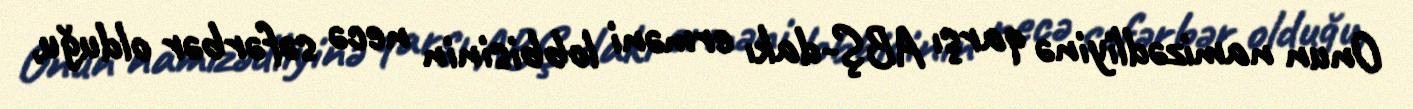
Onun namizədliyinə qarşı ABŞ-dakı erməni lobbisinin necə səfərbər olduğu,